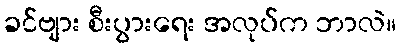
ခင်ဗျား စီးပွားရေး အလုပ်က ဘာလဲ။